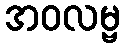
အဝလမ္ဗ